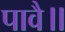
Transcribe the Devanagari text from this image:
पावै॥